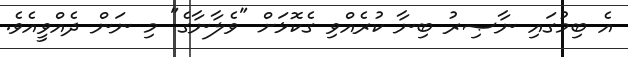
އެ ބިމުގައި ނާޞިރު ބިނާ ކުރެއްވި ގެކޮޅަށް "ވެލާނާގެ" މި ނަން ދެއްވީއެވެ.